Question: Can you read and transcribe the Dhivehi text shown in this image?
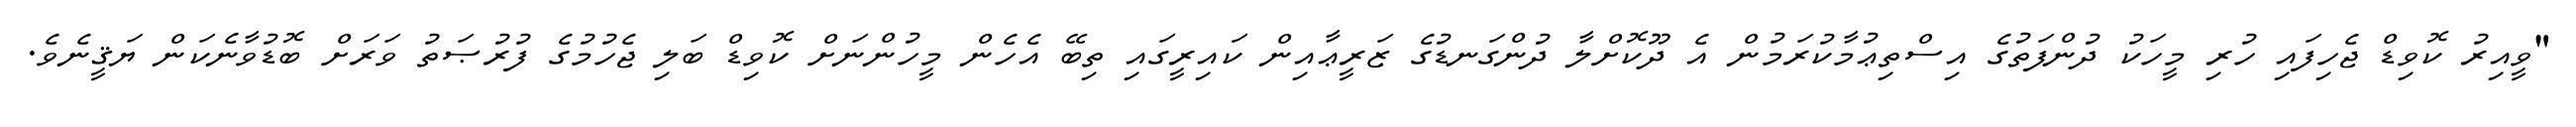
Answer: "ވީއިރު ކޮވިޑް ޖެހިފައި ހުރި މީހަކު ދުންފަތުގެ އިސްތިޢުމާކުރަމުން އެ ދޫކޮށްލާ ދުންގަނޑުގެ ޒަރީޢާއިން ކައިރީގައި ތިބޭ އެހެން މީހުންނަށް ކޮވިޑް ބަލި ޖެހުމުގެ ފުރުޞަތު ވަރަށް ބޮޑުވާނެކަން ޔަޤީނެވެ.